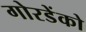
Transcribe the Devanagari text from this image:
गोरडेंको